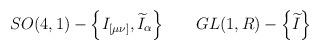
LaTeX: \begin{align*}SO(4,1)-\left\{ I_{[\mu \nu ]},\widetilde{I}_\alpha \right\}\hspace{0.3in} GL(1,R)-\left\{ \widetilde{I}\right\} \end{align*}